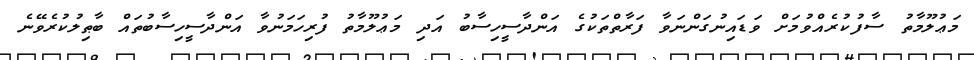
މަޢުލޫމާތު ސާފުކުރެއްވުމަށް ވަޑައިނުގަންނަވާ ފަރާތްތަކުގެ އަންދާސީހިސާބު އަދި މަޢުލޫމާތު ފުރިހަމަނުވާ އަންދާސީހިސާބުތައް ބާޠިލުކުރެވޭނެ